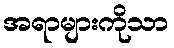
အရာများကိုသာ